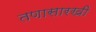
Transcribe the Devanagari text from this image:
तणासारखी